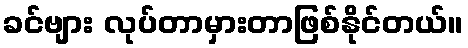
ခင်ဗျား လုပ်တာမှားတာဖြစ်နိုင်တယ်။